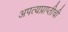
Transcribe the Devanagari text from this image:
अपत्यप्राप्तीची